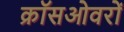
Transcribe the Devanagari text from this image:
क्रॉसओवरों